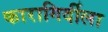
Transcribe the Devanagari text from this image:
कारागिर्दीला